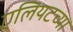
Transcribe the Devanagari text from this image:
एलियटच्या